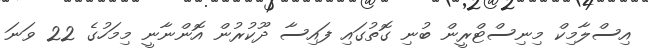
އިސްލާމިކް މިނިސްޓްރީން ބުނި ގޮތުގައި ފައިސާ ދޫކުރުން އޮންނާނީ މިމަހުގެ 22 ވަނަ